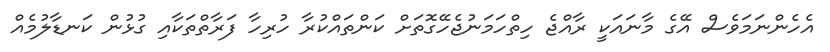
އެހެންނަމަވެސް އޭގެ މާނައަކީ ރާއްޖެ ހިތްހަމަނުޖެހޭގޮތަށް ކަންތައްކުރާ ހުރިހާ ފަރާތްތަކާއި ގުޅުން ކަނޑާލުމެެއް